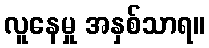
လူနေမှု အနှစ်သာရ။